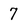
Character: 7